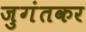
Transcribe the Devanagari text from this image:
जुगंतकर